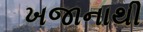
ખજાનાથી